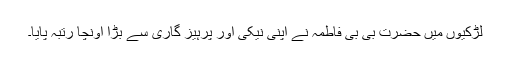
لڑکیوں میں حضرت بی بی فاطمہؓ نے اپنی نیکی اور پرہیز گاری سے بڑا اونچا رتبہ پایا۔